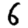
Digit: 6